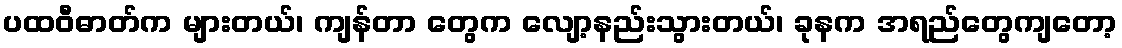
ပထဝီဓာတ်က များတယ်၊ ကျန်တာ တွေက လျော့နည်းသွားတယ်၊ ခုနက အရည်တွေကျတော့